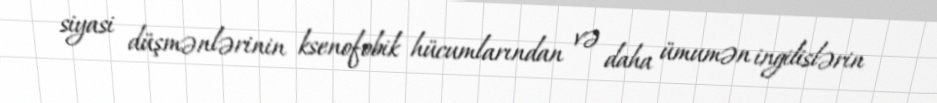
siyasi düşmənlərinin ksenofobik hücumlarından və daha ümumən ingilislərin